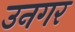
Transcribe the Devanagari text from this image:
उनगर